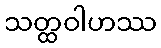
သတ္ထဝါဟဿ